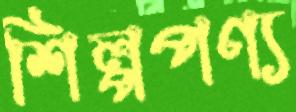
শিল্পপণ্য